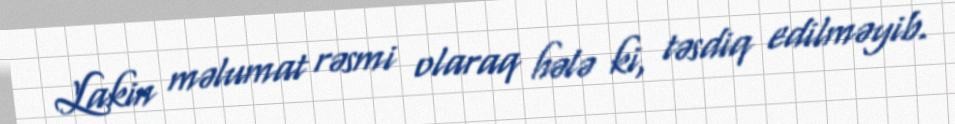
Lakin məlumat rəsmi olaraq hələ ki, təsdiq edilməyib.